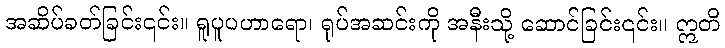
အဆိပ်ခတ်ခြင်း၎င်း။ ရူပူပဟာရော၊ ရုပ်အဆင်းကို အနီးသို့ ဆောင်ခြင်း၎င်း။ ဣတိ